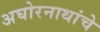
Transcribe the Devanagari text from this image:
अघोरनाथांचे